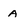
Character: A